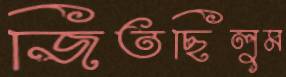
জিতছিলুম